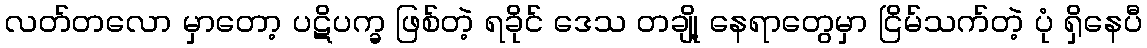
လတ်တလော မှာတော့ ပဋိပက္ခ ဖြစ်တဲ့ ရခိုင် ဒေသ တချို့ နေရာတွေမှာ ငြိမ်သက်တဲ့ ပုံ ရှိနေပီ